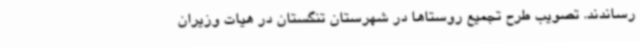
رساندند. تصویب طرح تجمیع روستاها در شهرستان تنگستان در هیات وزیران